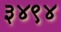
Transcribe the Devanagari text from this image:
३४९४